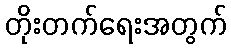
တိုးတက်ရေးအတွက်